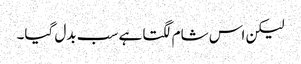
لیکن اس شام لگتا ہے سب بدل گیا۔